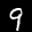
Label: 9